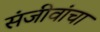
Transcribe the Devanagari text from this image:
संजीवांचा